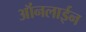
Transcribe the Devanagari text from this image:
ऑंनलाईन